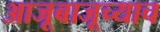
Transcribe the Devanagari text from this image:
आजूबाजूच्याच